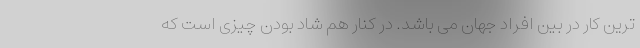
ترین کار در بین افراد جهان می باشد. در کنار هم شاد بودن چیزی است که